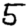
Digit: 5